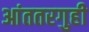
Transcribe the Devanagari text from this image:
आंततरगुही